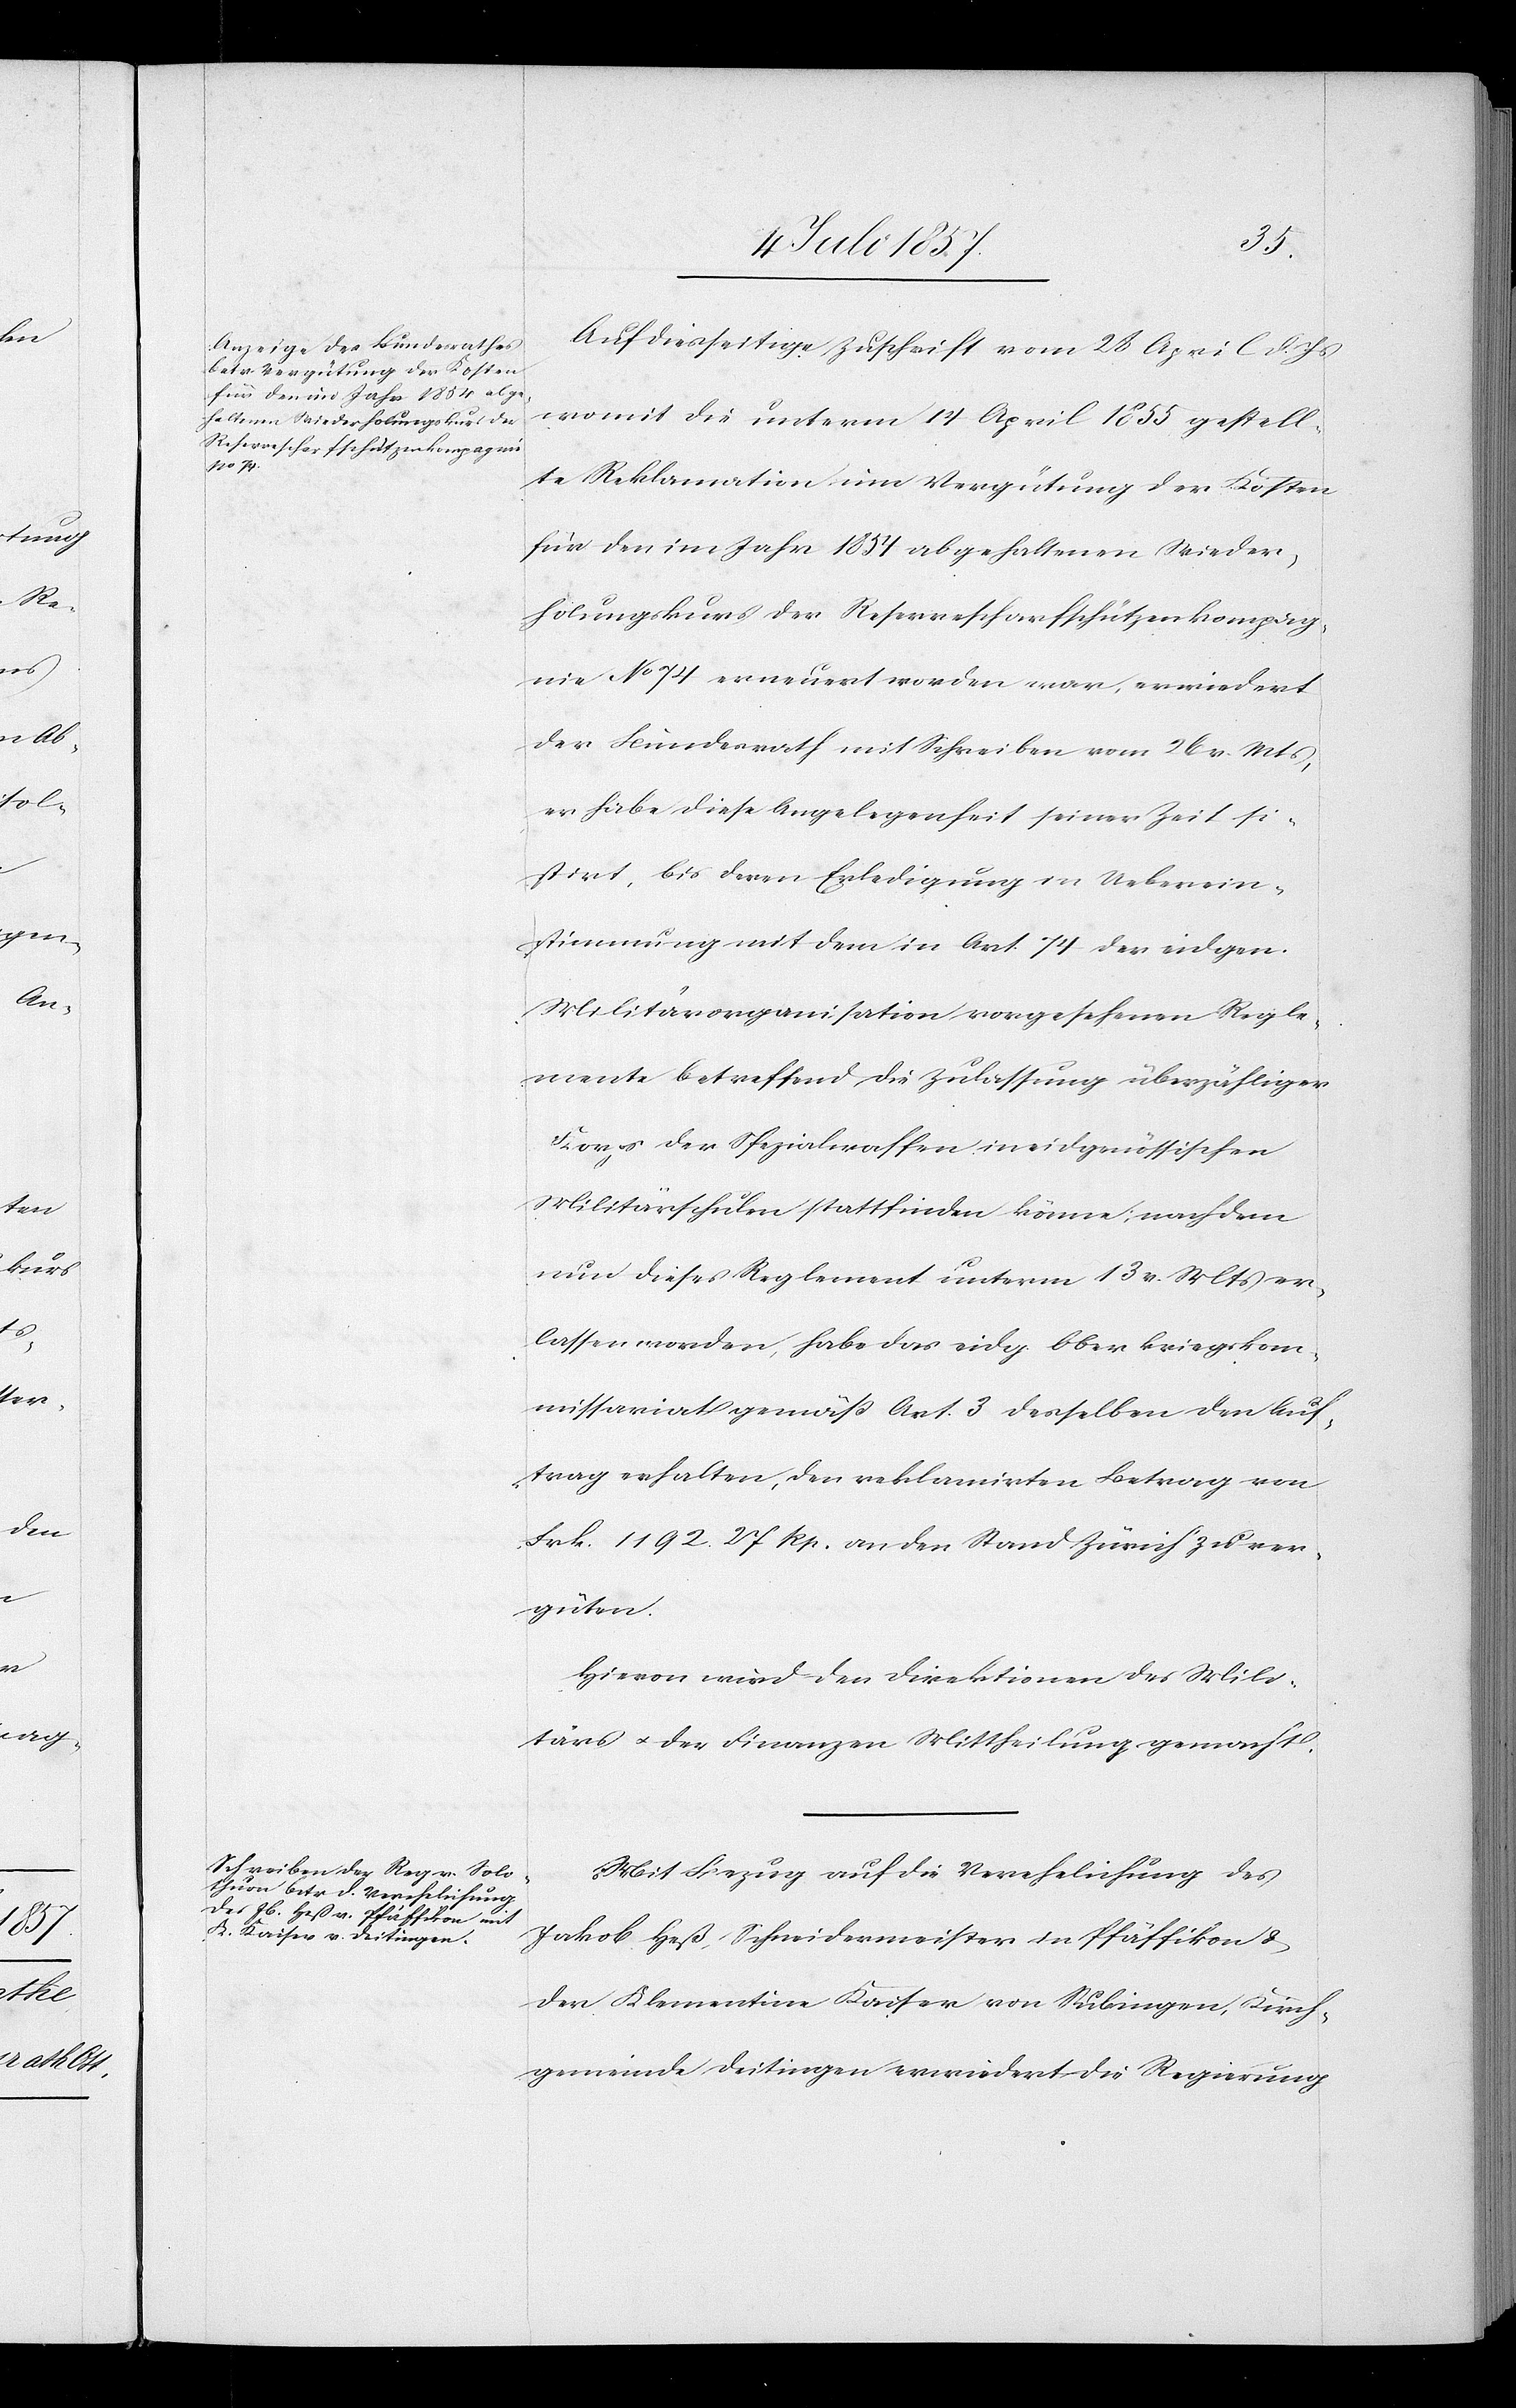
Auf diesseitige Zuschrift vom 28 April l. Js.
womit die unterm 14 April 1855 gestell¬
te Reklamation um Vergütung der Kosten
für den im Jahr 1854 abgehaltenen Wieder¬
holungskurs der Reservescharfschützenkompag¬
nie No 74 erneuert worden war, erwiedert
der Bundesrath mit Schreiben vom 26 v. Mts.,
er habe diese Angelegenheit seiner Zeit si¬
stirt, bis deren Erledigung in Ueberein¬
stimmung mit dem in Art. 74 der eidgen.
Militärorganisation vorgesehenen Regle¬
mente betreffend die Zulassung überzähliger
Korps der Spezialwaffen in eidgenössischen
Militärschulen stattfinden könne, nachdem
nun dieses Reglement unterm 13 v. Mts. er¬
lassen worden, habe das eidg. Oberkriegskom¬
missariat gemäß Art. 3 desselben den Auf¬
trag erhalten, den reklamirten Betrag von
Frk. 1 192. 27 Rp. an den Stand Zürich zu ver¬
güten.
Hievon wird den Direktionen des Mili¬
tärs & der Finanzen Mittheilung gemacht.
Mit Bezug auf die Verehlichung des
Jakob Heß, Schneidermeister in Pfäffikon &
der Klementina Kaiser von Subingen, Kirch¬
gemeinde Deitingen erwiedert die Regierung